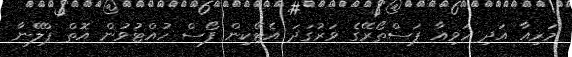
މަރިއާ އަދި ހަވިއާ ޕަސްތޯރޭގެ ވަރުގަދަ އެޓޭކިން ފޯސް ހުއްޓުވުން އޮތް ޕްލޭނާ